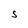
Character: S